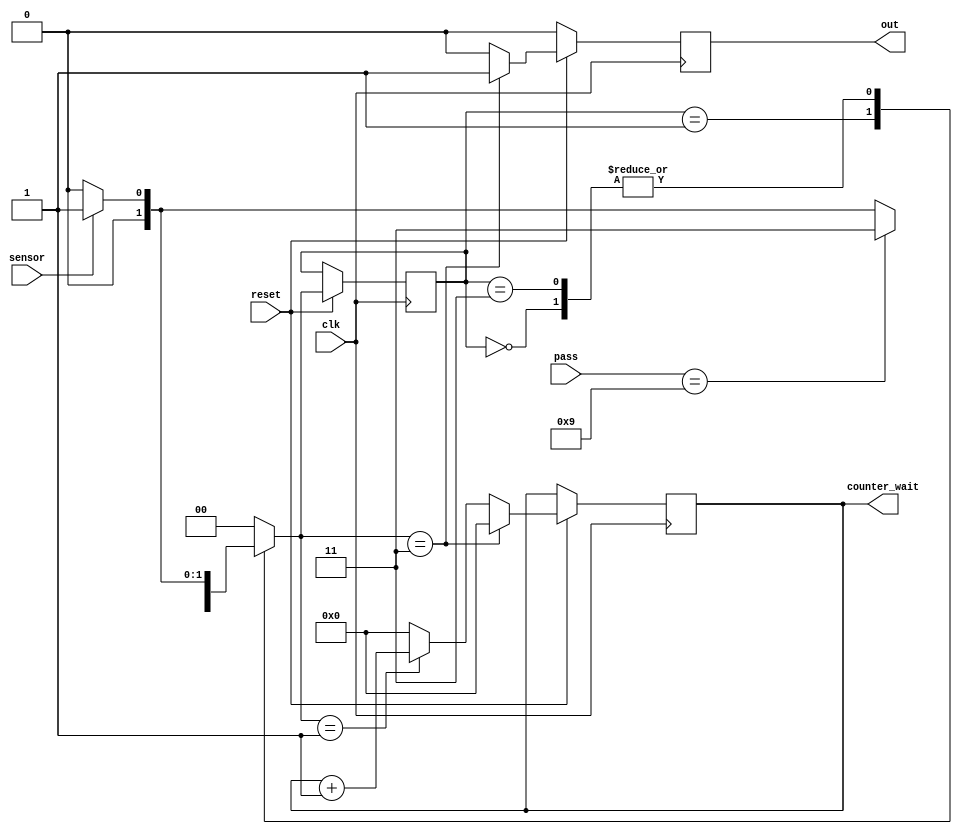
module parking_sys_adv(
    input clk,reset,sensor,
    input [3:0]pass,//4bit password
    output reg out,
    output reg [63:0]counter_wait=0
);

reg [1:0] present_state=2'b00;
reg [1:0] next_state;;
reg [3:0] original_pass = 4'b1001;


//assigning the next state to present state during active edge of clk
//also tasking care of reset
always @(posedge clk) begin
    if(~reset)
        out <= 0;
    else begin
        present_state = next_state;
        //moore fsm, so o/p depends only on present_state
        if(present_state == 2'b11) begin
            out <= 1;
            counter_wait <= 0;
        end
        else if(present_state == 2'b01) begin//counter_Waiting
            counter_wait <= counter_wait + 1;
            out <= 0;
        end
        else begin
            counter_wait <= 0;
            out <= 0;
        end
    end
end

//AKA next state logic
always @(*) begin//calculating the next 
    case (present_state)

    2'b00:
    begin
        if(sensor == 1'b0)
            next_state <= 2'b00;
        else
            next_state <= 2'b01;
    end

    2'b01:
    begin
        if(pass == original_pass)//correct password
            next_state <= 2'b11;
        else if(sensor == 1'b0)
            next_state <= 2'b00;
        else//wrong password
            next_state <= 2'b01;
    end

    2'b11:
    begin
        if(sensor == 1'b1)
            next_state <= 2'b01;
        else
            next_state <= 2'b00;
    end

    default:
        next_state <= 2'b00;
    endcase
end

endmodule